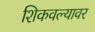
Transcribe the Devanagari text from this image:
शिकवल्यावर